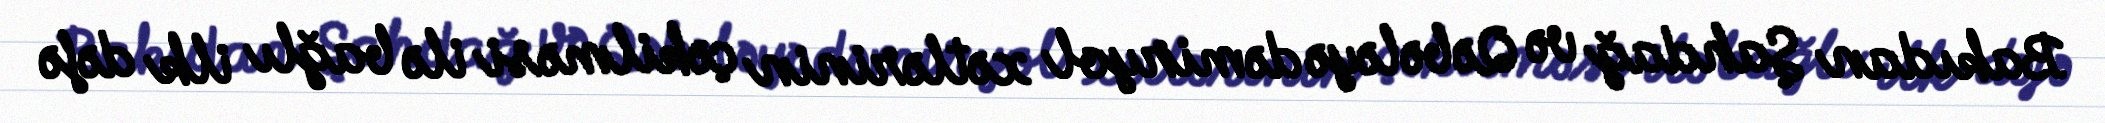
Bakıdan Şahdağ və Qəbələyə dəmiryol xətlərinin çəkilməsi ilə bağlı ilk dəfə